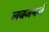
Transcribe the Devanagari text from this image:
लक्जमर्ग